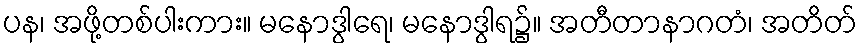
ပန၊ အဖို့တစ်ပါးကား။ မနောဒွါရေ၊ မနောဒွါရ၌။ အတီတာနာဂတံ၊ အတိတ်